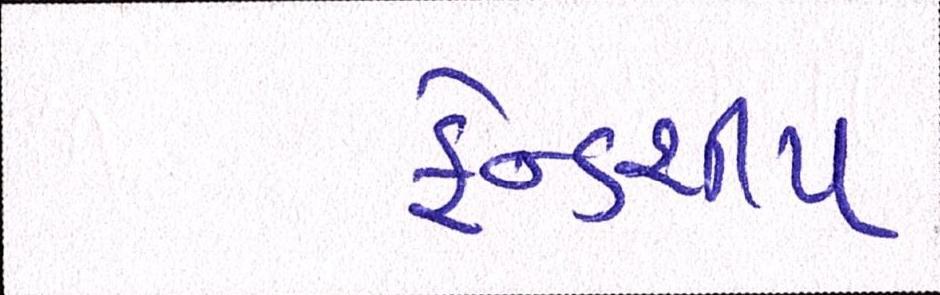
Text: ફ્રેન્ડશીપ